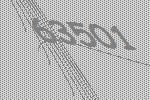
63501